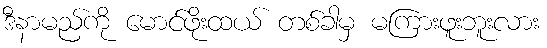
ဒီနာမည်ကို မောင်ဖိုးထယ် တစ်ခါမှ မကြားဖူးဘူးလား